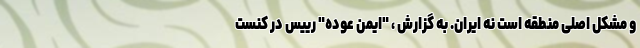
و مشکل اصلی منطقه است نه ایران. به گزارش ، "ایمن عوده" رییس در کنست